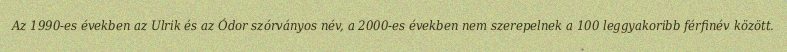
Az 1990-es években az Ulrik és az Ódor szórványos név, a 2000-es években nem szerepelnek a 100 leggyakoribb férfinév között.